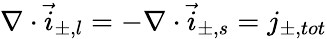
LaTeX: \nabla\cdot\vec{i}_{\pm,l}=-\nabla\cdot\vec{i}_{\pm,s}=j_{\pm,tot}